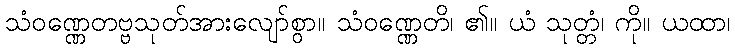
သံဝဏ္ဏေတဗ္ဗသုတ်အားလျော်စွာ။ သံဝဏ္ဏေတိ၊ ၏။ ယံ သုတ္တံ၊ ကို။ ယထာ၊